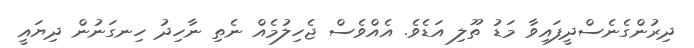
ދިރުންގެނެސްދީފައިވާ މަޑު ތޫލި އަޑެވެ. އެއްވެސް ޖެހިލުމެއް ނެތި ނާހިދު ހިނގަނުން ދިޔައީ